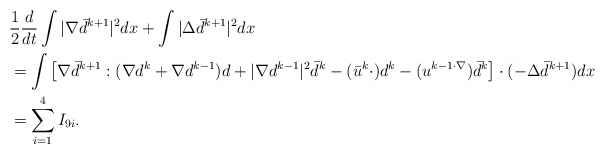
\begin{align*}\begin{aligned}&\frac{1}{2}\frac{d}{dt}\int|\nabla \bar{d}^{k+1}|^2 dx+\int |\Delta \bar{d}^{k+1}|^2dx\\&=\int \left[\nabla \bar{d}^{k+1}: (\nabla d^k+\nabla d^{k-1})d+|\nabla d^{k-1}|^2 \bar{d}^k -(\bar{u}^k \cdot)d^k-(u^{k-1 \cdot \nabla})\bar{d}^k\right]\cdot (-\Delta \bar{d}^{k+1})dx\\&=\sum_{i=1}^4 I_{9i}.\end{aligned}\end{align*}